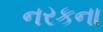
નરકના